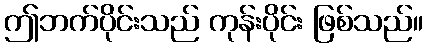
ဤဘက်ပိုင်းသည် ကုန်းပိုင်း ဖြစ်သည်။